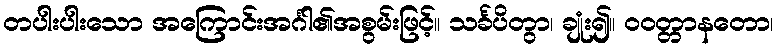
တပါးပါးသော အကြောင်းအင်္ဂါ၏အစွမ်းဖြင့်။ သင်္ခပိတွာ၊ ချုံး၍။ ဝဝတ္တာနတော၊